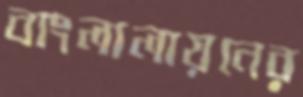
বাংলালায়নের